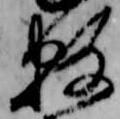
数